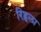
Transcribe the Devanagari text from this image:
रिहृला